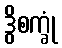
ဒွိစက္ခုံ